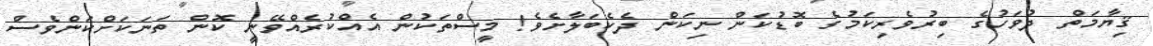
ޤިޔާމަތް ދުވަހުގެ ބިރުވެރިކަމުގެ ބޮޑުކަން ނިކަން ދެކެބަލާށެވެ! މީސްތަކުން އެއްކުރެއްވޭނީ ކޮން ތަނަކަށްކަންވެސް